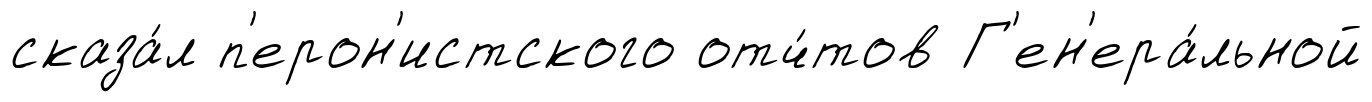
сказа́л п'ерон'истского отч́тов Г'ен'ера́льной